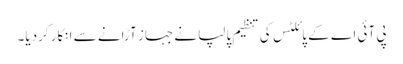
پی آئی اے کے پائلٹس کی تنظیم پالپا نے جہاز آڑانے سے انکار کردیا۔